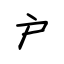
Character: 户